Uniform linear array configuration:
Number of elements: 48
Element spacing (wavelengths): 0.5
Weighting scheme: kaiser
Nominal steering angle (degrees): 0
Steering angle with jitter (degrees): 1.377
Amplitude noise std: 0.05
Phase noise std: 0.05

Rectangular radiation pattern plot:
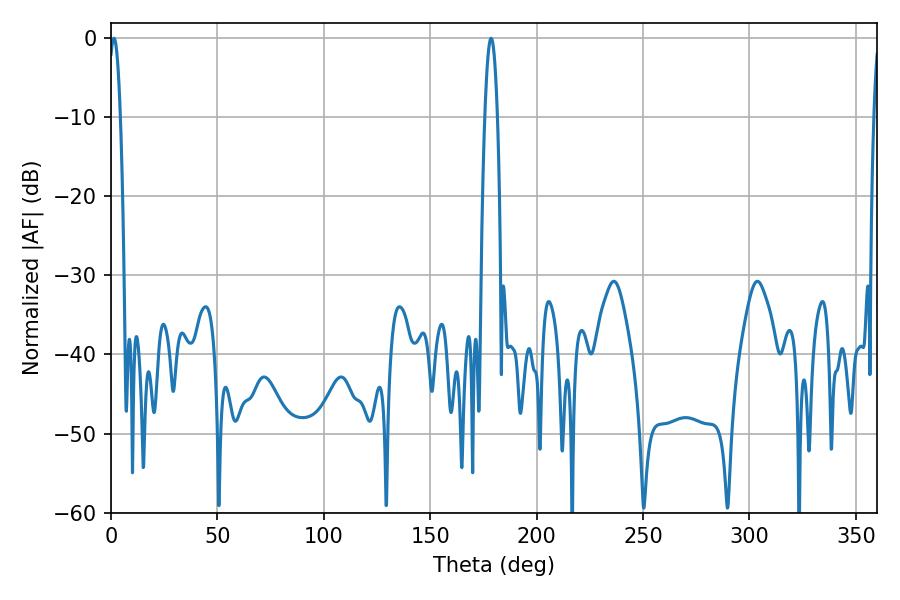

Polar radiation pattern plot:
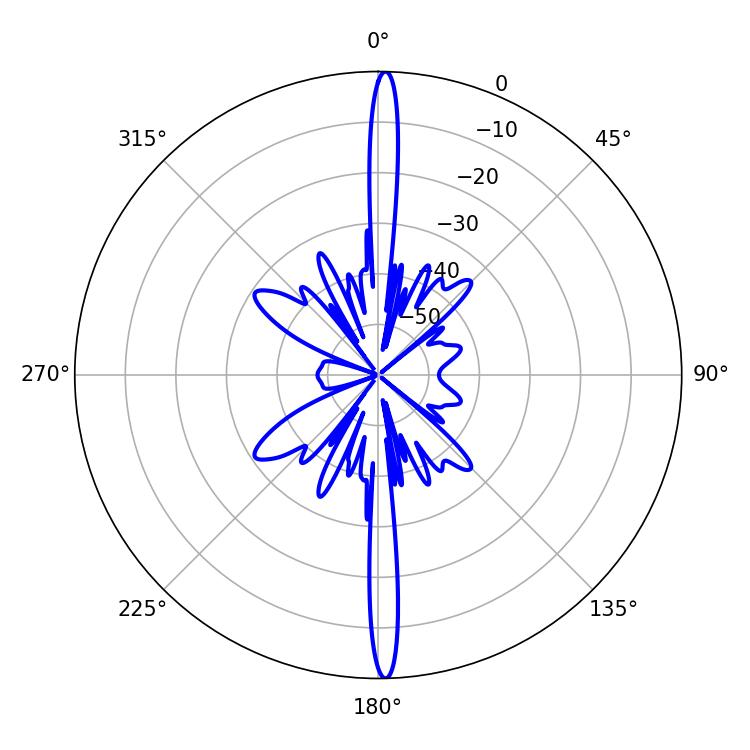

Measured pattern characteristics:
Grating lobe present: FALSE
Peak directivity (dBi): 28.452
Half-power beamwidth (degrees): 3.24
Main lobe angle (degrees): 178.56